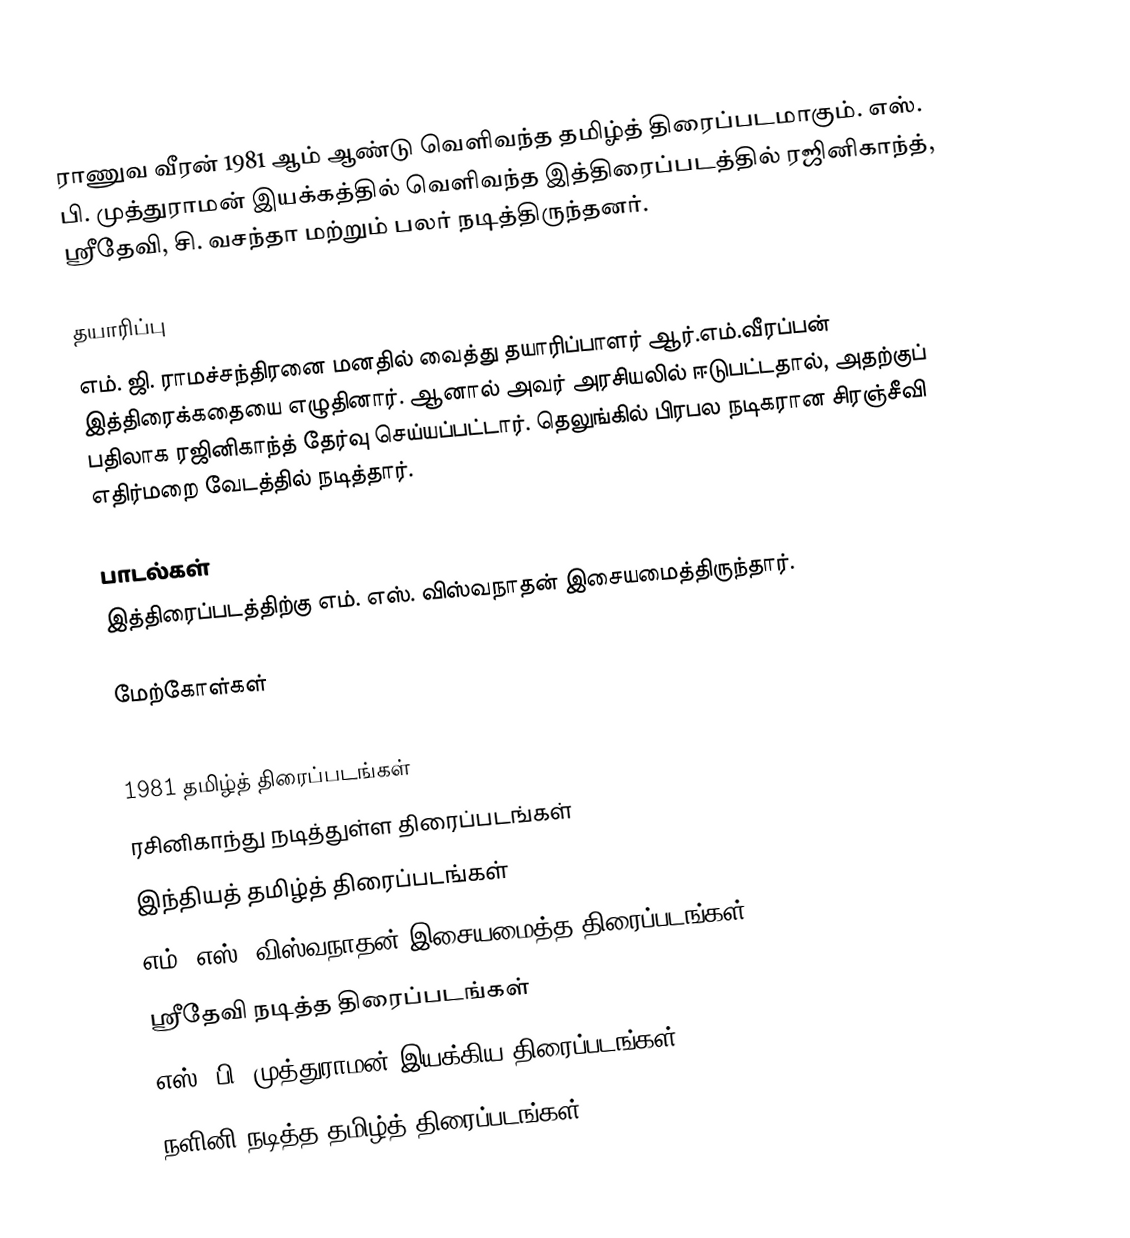
ராணுவ வீரன் 1981 ஆம் ஆண்டு வெளிவந்த தமிழ்த் திரைப்படமாகும். எஸ். பி. முத்துராமன் இயக்கத்தில் வெளிவந்த இத்திரைப்படத்தில் ரஜினிகாந்த், ஸ்ரீதேவி, சி. வசந்தா மற்றும் பலர் நடித்திருந்தனர்.

தயாரிப்பு
எம். ஜி. ராமச்சந்திரனை மனதில் வைத்து தயாரிப்பாளர் ஆர்.எம்.வீரப்பன் இத்திரைக்கதையை எழுதினார். ஆனால் அவர் அரசியலில் ஈடுபட்டதால், அதற்குப் பதிலாக ரஜினிகாந்த் தேர்வு செய்யப்பட்டார். தெலுங்கில் பிரபல நடிகரான சிரஞ்சீவி எதிர்மறை வேடத்தில் நடித்தார்.

பாடல்கள்
இத்திரைப்படத்திற்கு எம். எஸ். விஸ்வநாதன் இசையமைத்திருந்தார்.

மேற்கோள்கள்

1981 தமிழ்த் திரைப்படங்கள்
ரசினிகாந்து நடித்துள்ள திரைப்படங்கள்
இந்தியத் தமிழ்த் திரைப்படங்கள்
எம். எஸ். விஸ்வநாதன் இசையமைத்த திரைப்படங்கள்
ஸ்ரீதேவி நடித்த திரைப்படங்கள்
எஸ். பி. முத்துராமன் இயக்கிய திரைப்படங்கள்
நளினி நடித்த தமிழ்த் திரைப்படங்கள்